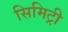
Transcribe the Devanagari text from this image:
सिमिट्री